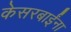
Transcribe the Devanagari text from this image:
केसरबाईंना